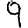
Digit: 9